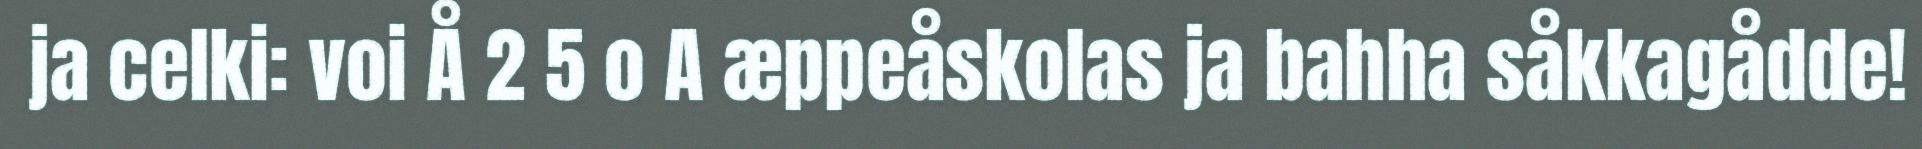
ja celki: voi Å 2 5 o A æppeåskolas ja bahha såkkagådde!